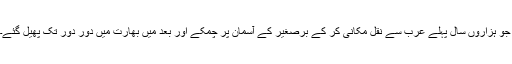
جو ہزاروں سال پہلے عرب سے نقل مکانی کر کے برصغیر کے آسمان پر چمکے اور بعد میں بھارت میں دور دور تک پھیل گئے۔